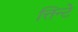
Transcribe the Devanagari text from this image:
त्तिन्टे